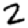
Digit: 2